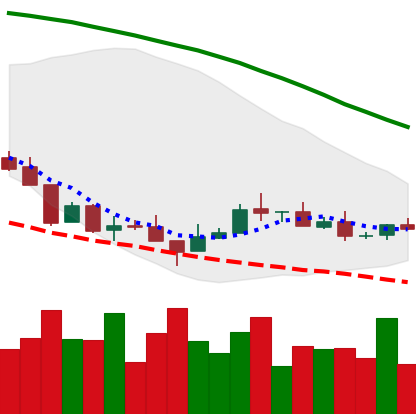
Ticker: XMR-USD
Chart end date: 2018-08-25
Forward return: 11.099%
Label: up_7plus